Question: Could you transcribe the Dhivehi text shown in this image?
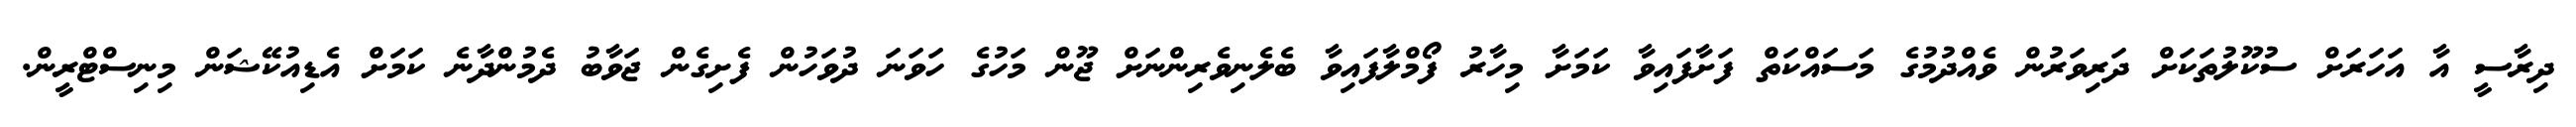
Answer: ދިރާސީ އާ އަހަރަށް ސުކޫލުތަކަށް ދަރިވަރުން ވެއްދުމުގެ މަސައްކަތް ފަށާފައިވާ ކަމަށާ މިހާރު ފޯމްލާފައިވާ ބެލެނިވެރިންނަށް ޖޫން މަހުގެ ހަވަނަ ދުވަހުން ފެށިގެން ޖަވާބު ދެމުންދާނެ ކަމަށް އެޑިއުކޭޝަން މިނިސްޓްރީން.